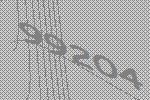
99204